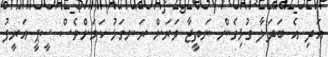
އަދި އެ ބަދަލާ ގުޅިގެން ނަތީޖާ ވަރަށް ރަނގަޅު ކަމަށްވެސް ސީޕީ އަރީފު